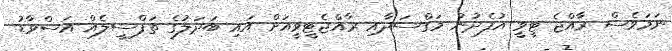
ނަމަވެސް ރާއްޖެ ޓީވީ އުފެދުނު މަގްސަދާއި ރާއްޖެޓީވީއަށް އައި ބަދަލުގެ ތަފްސީލެއް އަސްވާޑު